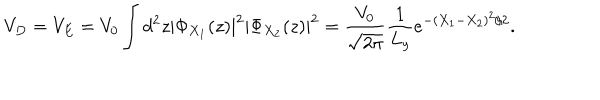
LaTeX: V _ { D } = V _ { E } = V _ { 0 } \int d ^ { 2 } z \left| \Phi _ { X _ { 1 } } ( z ) \right| ^ { 2 } \left| \Phi _ { X _ { 2 } } ( z ) \right| ^ { 2 } = { \frac { V _ { 0 } } { \sqrt { 2 \pi } } } { \frac { 1 } { L _ { y } } } e ^ { - ( X _ { 1 } - X _ { 2 } ) ^ { 2 } / 2 } .